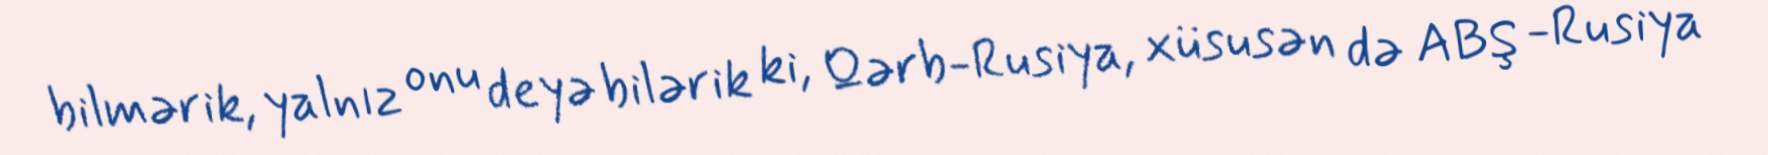
bilmərik, yalnız onu deyə bilərik ki, Qərb-Rusiya, xüsusən də ABŞ -Rusiya